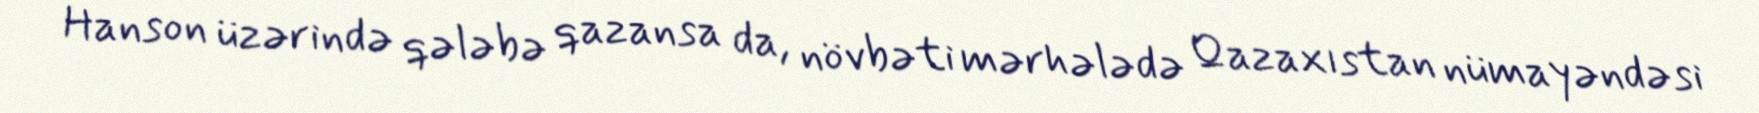
Hanson üzərində qələbə qazansa da, növbəti mərhələdə Qazaxıstan nümayəndəsi